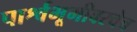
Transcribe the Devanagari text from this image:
पार्श्वभूमीवरचेच